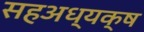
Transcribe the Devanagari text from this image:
सहअध्यक्ष